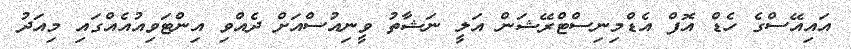
އައިއޭސްގެ ހެޑް އޮފް އެޑްމިނިސްޓްރޭޝަން އަލީ ނަޝާތު ވީނިއުސްއަށް ދެއްވި އިންޓަވިއުއެއްގައި މިއަދު